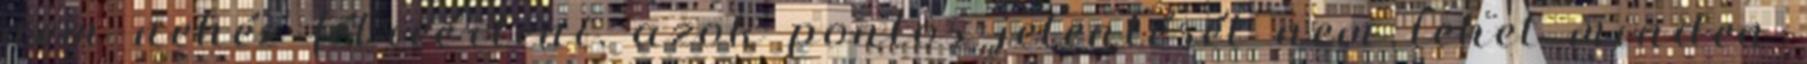
nem nehéz félreérteni, azok pontos jelentését nem lehet minden